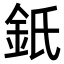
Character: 𨥌